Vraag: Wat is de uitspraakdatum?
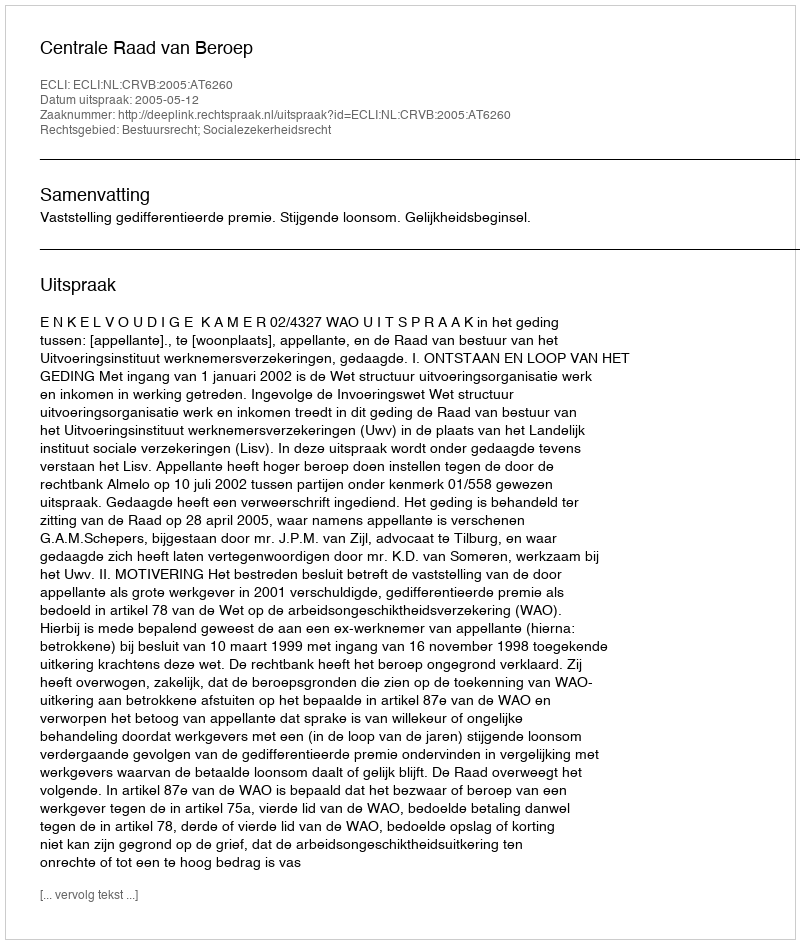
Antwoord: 2005-05-12